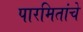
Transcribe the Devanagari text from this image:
पारमितांचे